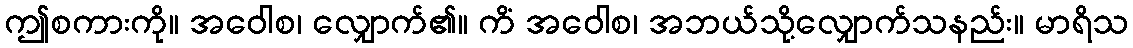
ဤစကားကို။ အဝေါစ၊ လျှောက်၏။ ကိံ အဝေါစ၊ အဘယ်သို့လျှောက်သနည်း။ မာရိသ